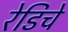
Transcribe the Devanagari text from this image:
रेडिचे